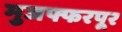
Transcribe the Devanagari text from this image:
मुजफ्फरपूर